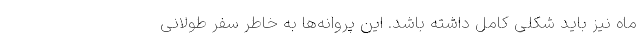
ماه نیز باید شکلی کامل داشته باشد. این پروانه‌ها به خاطر سفر طولانی